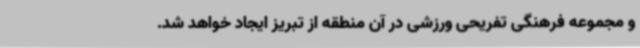
و مجموعه فرهنگی تفریحی ورزشی در آن منطقه از تبریز ایجاد خواهد شد.